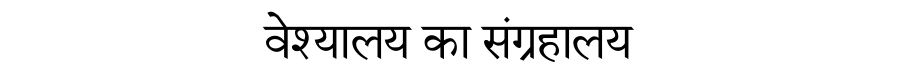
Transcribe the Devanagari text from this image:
वेश्यालय का संग्रहालय